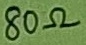
Text: 80Ω